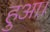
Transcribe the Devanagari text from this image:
हुअा।